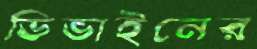
ডিভাইনের